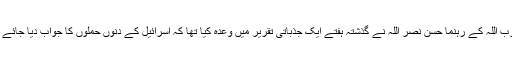
حزب اللہ کے رہنما حسن نصر اللہ نے گذشتہ ہفتے ایک جذباتی تقریر میں وعدہ کیا تھا کہ اسرائیل کے دنوں حملوں کا جواب دیا جائے گا۔